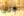
هناك